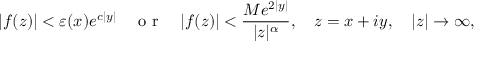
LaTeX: \vert f ( z ) \vert < \varepsilon ( x ) e ^ { c \vert y \vert } \quad \textrm { o r } \quad \vert f ( z ) \vert < \frac { M e ^ { 2 \vert y \vert } } { \vert z \vert ^ { \alpha } } , \quad z = x + i y , \quad \vert z \vert \to \infty ,